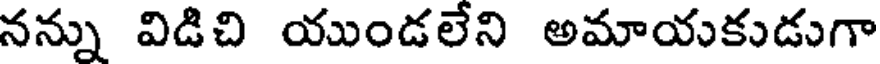
నన్ను విడిచి యుండలేని అమాయకుడుగా